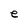
Character: e